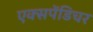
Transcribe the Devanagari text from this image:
एक्‍सपेंडिचर